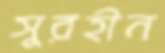
সুরহীন